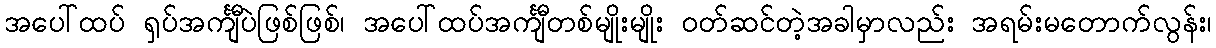
အပေါ်ထပ် ရှပ်အင်္ကျီပဲဖြစ်ဖြစ်၊ အပေါ်ထပ်အင်္ကျီတစ်မျိုးမျိုး ဝတ်ဆင်တဲ့အခါမှာလည်း အရမ်းမတောက်လွန်း၊